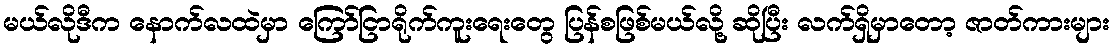
မယ်လိုဒီက နောက်လထဲမှာ ကြော်ငြာရိုက်ကူးရေးတွေ ပြန်စဖြစ်မယ်လို့ ဆိုပြီး လက်ရှိမှာတော့ ဇာတ်ကားများ